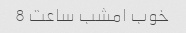
خوب امشب ساعت 8